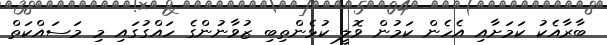
ބާރާއެކު ކަމަށާއި އެހެން ކަމުން ވޮލީ ކުޅެންތިބި ޒުވާނުންގެ ހައްގުގައި މި މަސައްކަތް